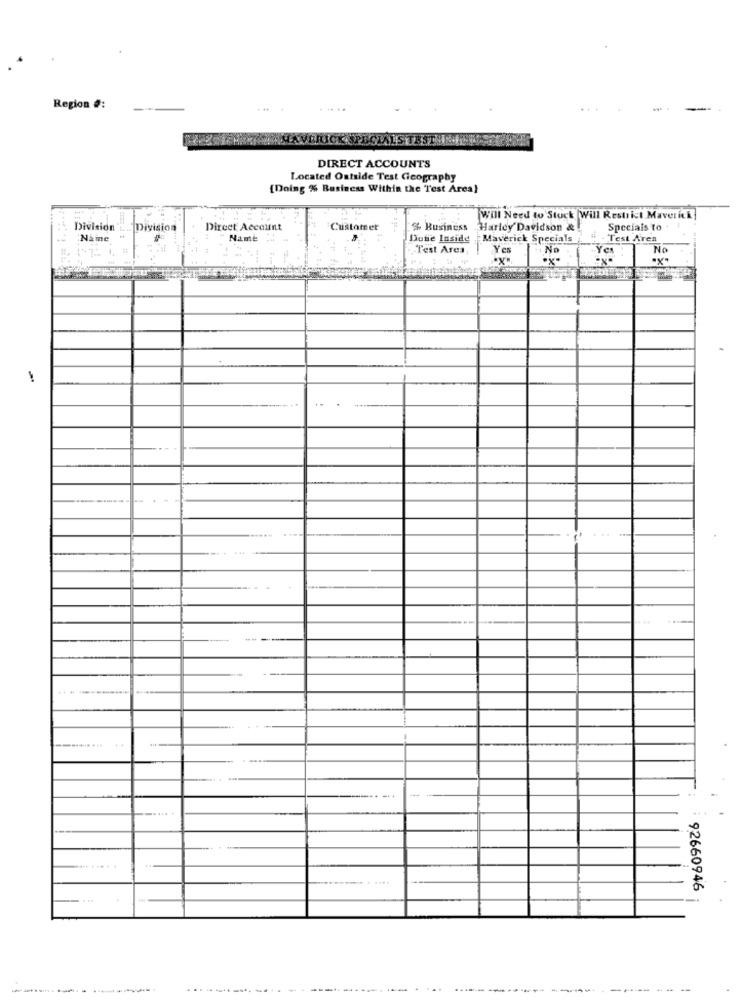
Region #:
...
-
VER
DIRECT ACCOUNTS
Located Outside Test Geography
[Doing % Business Within the Test Area)
Will Need to Stuck Will Restrict Maverick
Division
1. Division
Direct Account
Customer
$ Business
Harley Davidson &
Specials to
Naine
Name=
Dutie Inside |Maverick Specials
Dunie Inside
Test Aren
Test Area:
Yes
No
Yes
No
..
92660946
..----.....
----
-...........
---------
------